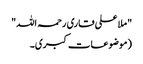
"ملا علی قاری رحمہ اللہ"
(موضوعات کبری۔